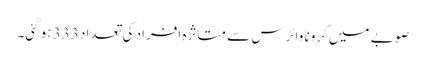
صوبے میں کرونا وائرس سے متاثرہ افراد کی تعداد 333 ہو گئی۔